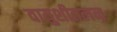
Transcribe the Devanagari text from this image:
वायुशीतलन